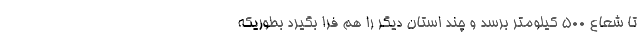
تا شعاع ۵۰۰ کیلومتر برسد و چند استان دیگر را هم فرا بگیرد بطوریکه